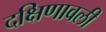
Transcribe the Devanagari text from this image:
दक्षिणावली